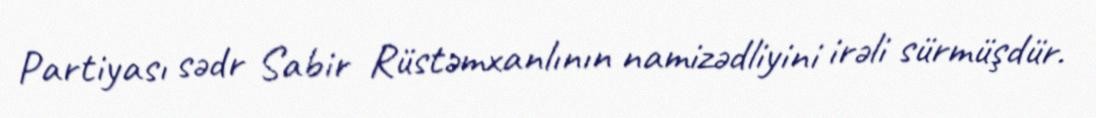
Partiyası sədr Sabir Rüstəmxanlının namizədliyini irəli sürmüşdür.